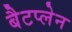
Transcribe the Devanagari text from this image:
बैटप्लेन